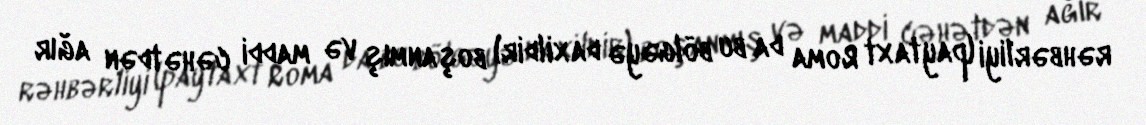
rəhbərliyi (paytaxt Roma da bu bölgəyə daxildir) boşanmış və maddi cəhətdən ağır